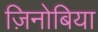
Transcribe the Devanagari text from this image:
ज़िनोबिया